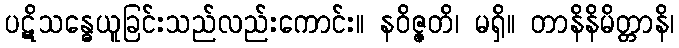
ပဋိသန္ဓေယူခြင်းသည်လည်းကောင်း။ နဝိဇ္ဇတိ၊ မရှိ။ တာနိနိမိတ္တာနိ၊